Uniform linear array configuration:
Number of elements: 16
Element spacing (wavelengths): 0.5
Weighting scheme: uniform
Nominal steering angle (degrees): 0
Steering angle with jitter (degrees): -0.8231
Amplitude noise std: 0.05
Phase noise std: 0.05

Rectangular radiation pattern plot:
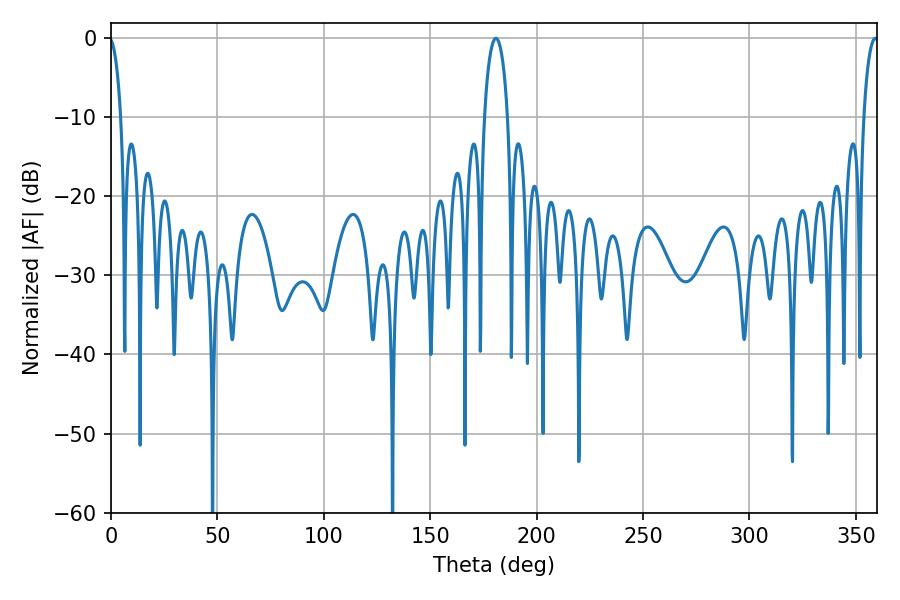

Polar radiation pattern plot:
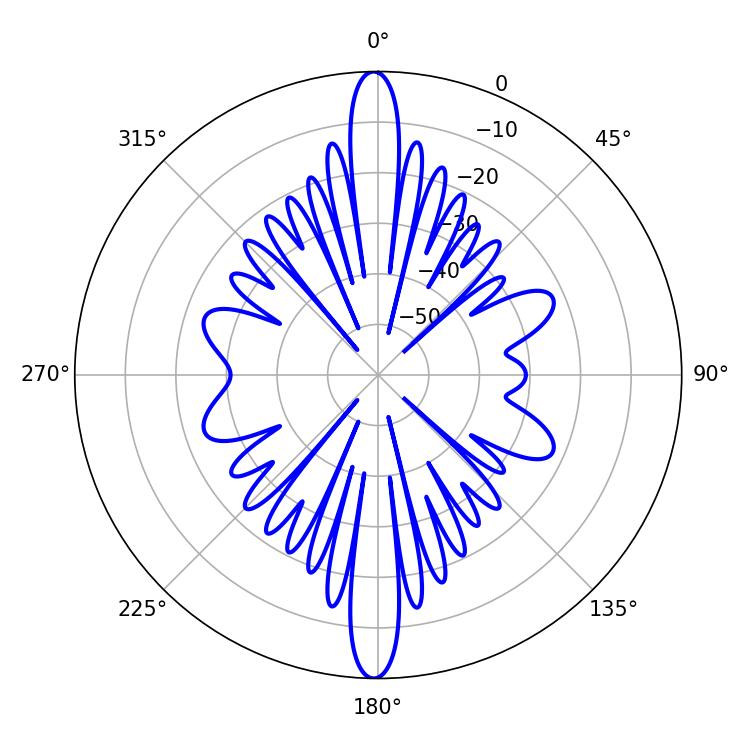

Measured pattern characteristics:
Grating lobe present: FALSE
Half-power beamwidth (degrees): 6.3
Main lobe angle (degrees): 180.9